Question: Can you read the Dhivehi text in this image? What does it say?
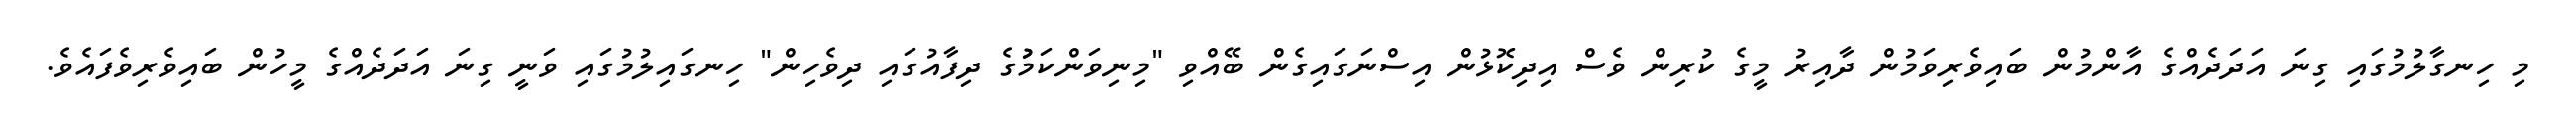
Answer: މި ހިނގާލުމުގައި ގިނަ އަދަދެއްގެ އާންމުން ބައިވެރިވަމުން ދާއިރު މީގެ ކުރިން ވެސް އިދިކޮޅުން އިސްނަގައިގެން ބޭއްވި "މިނިވަންކަމުުގެ ދިފާއުގައި ދިވެހިން" ހިނގައިލުމުގައި ވަނީ ގިނަ އަދަދެއްގެ މީހުން ބައިވެރިވެފައެވެ.